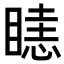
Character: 𥉖